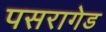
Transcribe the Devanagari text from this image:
पसरागेड